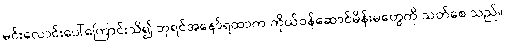
မင်းလောင်းပေါ်ကြောင်းသိ၍ ဘုရင်အနော်ရထာက ကိုယ်ဝန်ဆောင်မိန်းမတွေကို သတ်စေ သည်။